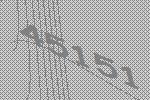
45151